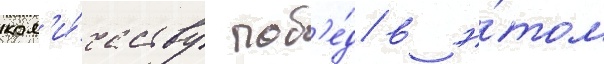
кол'и́честву поб'е́д в э́том